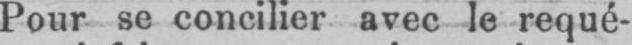
Pour se concilier avec le requé-